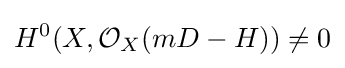
H^{0}(X,{\mathcal {O}}_{X}(mD-H))\neq 0